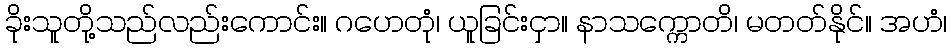
ခိုးသူတို့သည်လည်းကောင်း။ ဂဟေတုံ၊ ယူခြင်းငှာ။ နာသက္ကောတိ၊ မတတ်နိုင်။ အဟံ၊